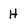
Character: H